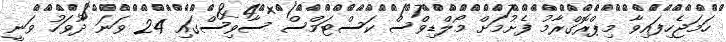
ހަމަޖެހިފައިވާ މިޕްރޮގްރާމު ފެށުމަށް މޯލްޑިވްސް ކަސްޓަމްސް ސާވިސްގައި 24 ވަނަ ދުވަހު ވަނީ